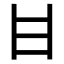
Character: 𤮺